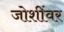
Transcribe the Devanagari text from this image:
जोशींवर